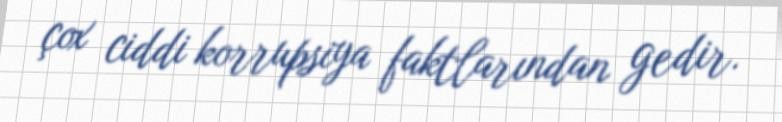
çox ciddi korrupsiya faktlarından gedir.